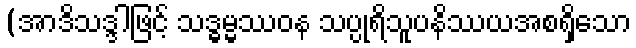
(အာဒိသဒ္ဒါဖြင့် သဒ္ဓမ္မဿဝန သပ္ပုရိသူပနိဿယအစရှိသော